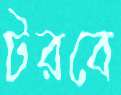
টরবে